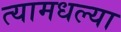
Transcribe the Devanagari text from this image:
त्यामधल्या